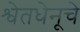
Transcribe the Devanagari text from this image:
श्वेतधेनूचे